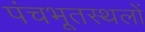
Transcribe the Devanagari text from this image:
पंचभूतस्थलों